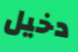
دخيل